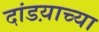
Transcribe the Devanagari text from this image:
दांडय़ाच्या